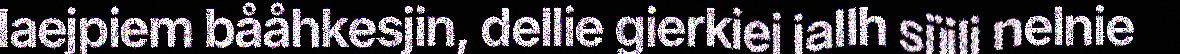
laejpiem bååhkesjin, dellie gierkiej jallh sjïjli nelnie